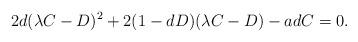
LaTeX: \begin{align*}2 d (\lambda C - D)^{2} + 2 (1 - d D)(\lambda C - D) - a d C = 0.\end{align*}